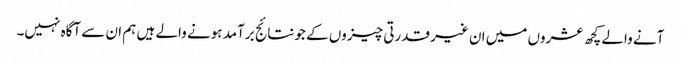
آنے والے کچھ عشروں میں ان غیر قدرتی چیزوں کے جو نتائج برآمد ہونے والے ہیں ہم ان سے آگاہ نہیں۔